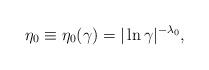
LaTeX: \begin{align*}\eta_{0}\equiv\eta_{0}(\gamma)=|\ln\gamma|^{-\lambda_{0}},\end{align*}